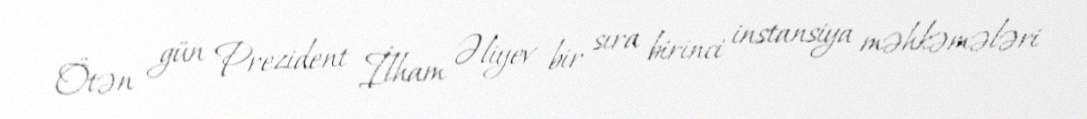
Ötən gün Prezident İlham Əliyev bir sıra birinci instansiya məhkəmələri